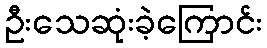
ဦးသေဆုံးခဲ့ကြောင်း